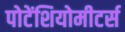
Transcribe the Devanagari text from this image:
पोटेंशियोमीटर्स